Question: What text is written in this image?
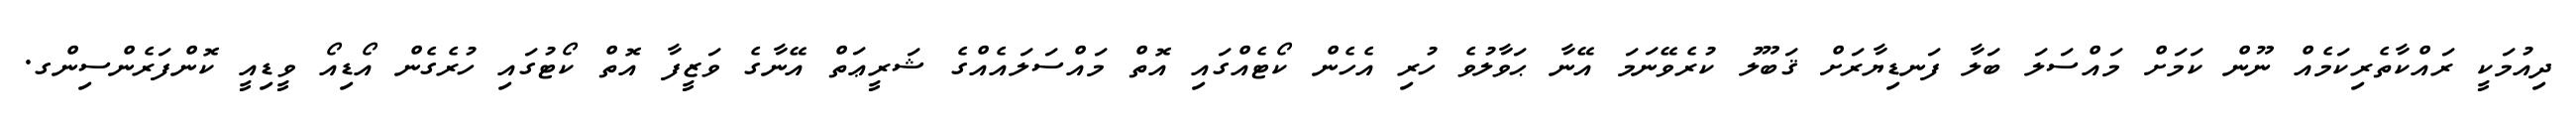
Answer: ދިއުމަކީ ރައްކާތެރިކަމެއް ނޫން ކަމަށް މައްސަލަ ބަލާ ފަނޑިޔާރަށް ޤަބޫލު ކުރެވޭނަމަ އޭނާ ޙަވާލުވެ ހުރި އެހެން ކޯޓެއްގައި އޮތް މައްސަލައެއްގެ ޝަރީޢަތް އޭނާގެ ވަޒީފާ އޮތް ކޯޓުގައި ހުރެގެން އޯޑިއޯ ވީޑިއީ ކޮންފަރެންސިންގ.